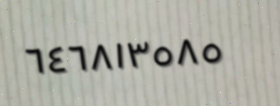
٦٤٦٨١٣٥٨٥